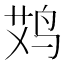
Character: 𱉪